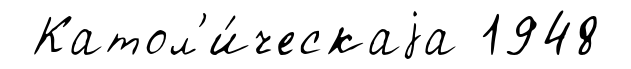
Катол'и́ческаjа 1948